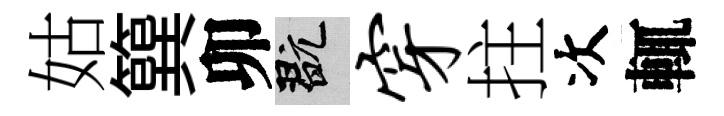
姑簨卯玩穿拄次輒